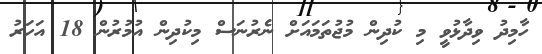
ހާމިދު ވިދާޅުވީ މި ކުދިން މުޖުތަމައަށް ނެރުނަސް މިކުދިން އުމުރުން 18 އަހަރު